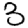
Digit: 3